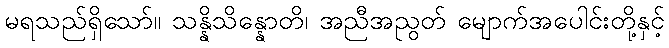
မရသည်ရှိသော်။ သန္နိသိန္နောတိ၊ အညီအညွတ် မျောက်အပေါင်းတို့နှင့်